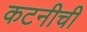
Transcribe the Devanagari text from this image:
कटनीची